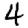
Digit: 4